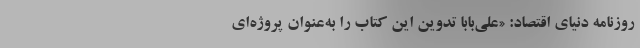
روزنامه دنیای اقتصاد: «علی‌بابا تدوین این کتاب را به‌عنوان پروژه‌ای